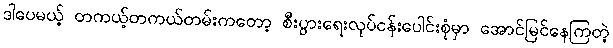
ဒါပေမယ့် တကယ့်တကယ်တမ်းကတော့ စီးပွားရေးလုပ်ငန်းပေါင်းစုံမှာ အောင်မြင်နေကြတဲ့